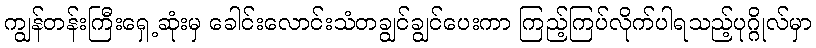
ကျွန်တန်းကြီးရှေ့ဆုံးမှ ခေါင်းလောင်းသံတချွင်ချွင်ပေးကာ ကြည့်ကြပ်လိုက်ပါရသည့်ပုဂ္ဂိုလ်မှာ